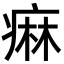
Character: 痳